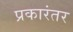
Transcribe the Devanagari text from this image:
प्रकारंतर